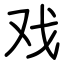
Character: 戏